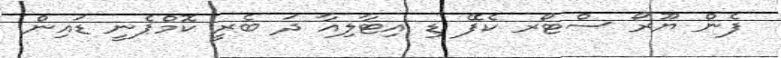
ފެން ޔޫރޯ ސްޓޯރ ކެފޭ ޑި އިޓާލިއާ ދަ ބެރީ ކޮމްޕެނީ ޑައިން